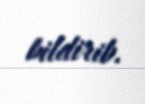
bildirib.